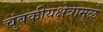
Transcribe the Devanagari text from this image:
चुंबकीयक्षेत्रामुळे